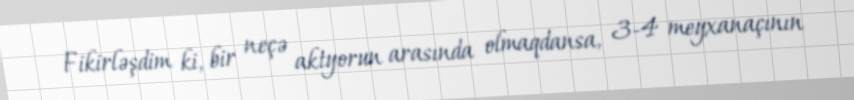
Fikirləşdim ki, bir neçə aktyorun arasında olmaqdansa, 3-4 meyxanaçının